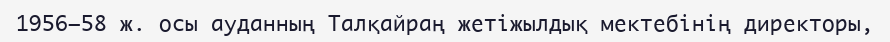
1956—58 ж. осы ауданның Талқайраң жетіжылдық мектебінің директоры,